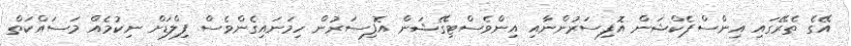
އޭގެ ތެރޭގައި އިންސްޕެކްޝަން އޮފިސަރުންނާއި އިންވެސްޓިގޭޝަން އޮފިސަރުން ހިމަނައިގެންވެސް ފިލްޑަށް ނިކުމެއް މަސައްކަތް